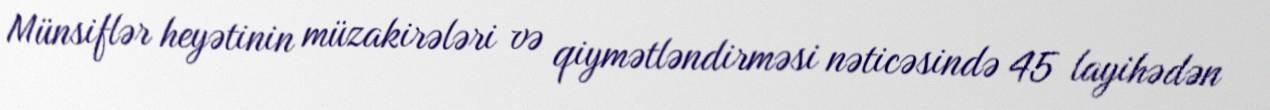
Münsiflər heyətinin müzakirələri və qiymətləndirməsi nəticəsində 45 layihədən